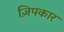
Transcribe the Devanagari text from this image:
ज़िपकार